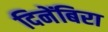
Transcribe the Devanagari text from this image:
दिनेंबिरा